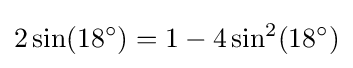
2\sin(18^{\circ })=1-4\sin ^{2}(18^{\circ })